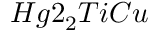
H g 2 _ { 2 } T i C u